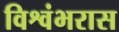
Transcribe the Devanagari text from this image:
विश्वंभरास